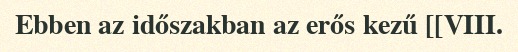
Ebben az időszakban az erős kezű [[VIII.